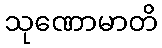
သုဏောမာတိ